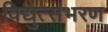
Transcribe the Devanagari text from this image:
विद्युत्संभरण